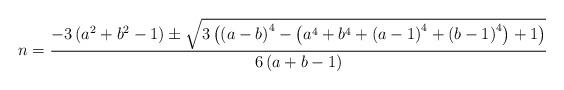
LaTeX: \begin{align*}n=\frac{-3\left(a^{2}+b^{2}-1\right)\pm\sqrt{3\left(\left(a-b\right)^{4}-\left(a^{4}+b^{4}+\left(a-1\right)^{4}+\left(b-1\right)^{4}\right)+1\right)}}{6\left(a+b-1\right)}\end{align*}